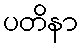
ပတိနာ